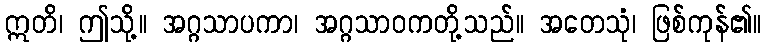
ဣတိ၊ ဤသို့။ အဂ္ဂသာပကာ၊ အဂ္ဂသာဝကတို့သည်။ အတေသုံ၊ ဖြစ်ကုန်၏။